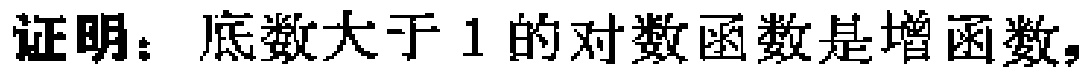
证明：底数大于 \(1\) 的对数函数是增函数。